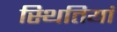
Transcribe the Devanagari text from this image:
स्‍थितियां